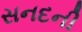
સનદની